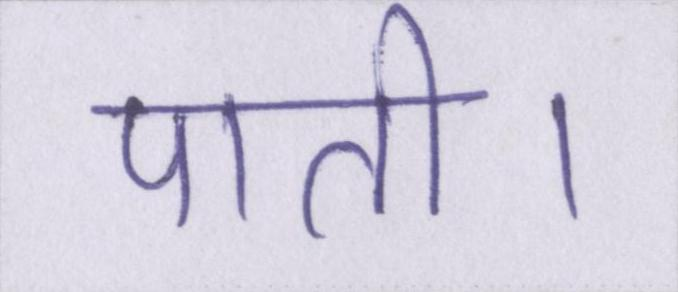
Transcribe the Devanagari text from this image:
पाती।